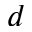
d